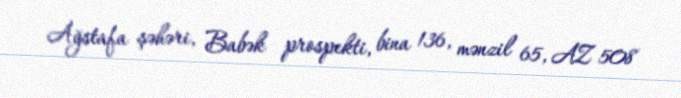
Ağstafa şəhəri, Babək prospekti, bina 136, mənzil 65, AZ 508